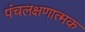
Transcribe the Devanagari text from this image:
पंचलक्षणात्मक